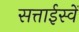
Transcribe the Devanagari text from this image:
सत्ताईस्वें